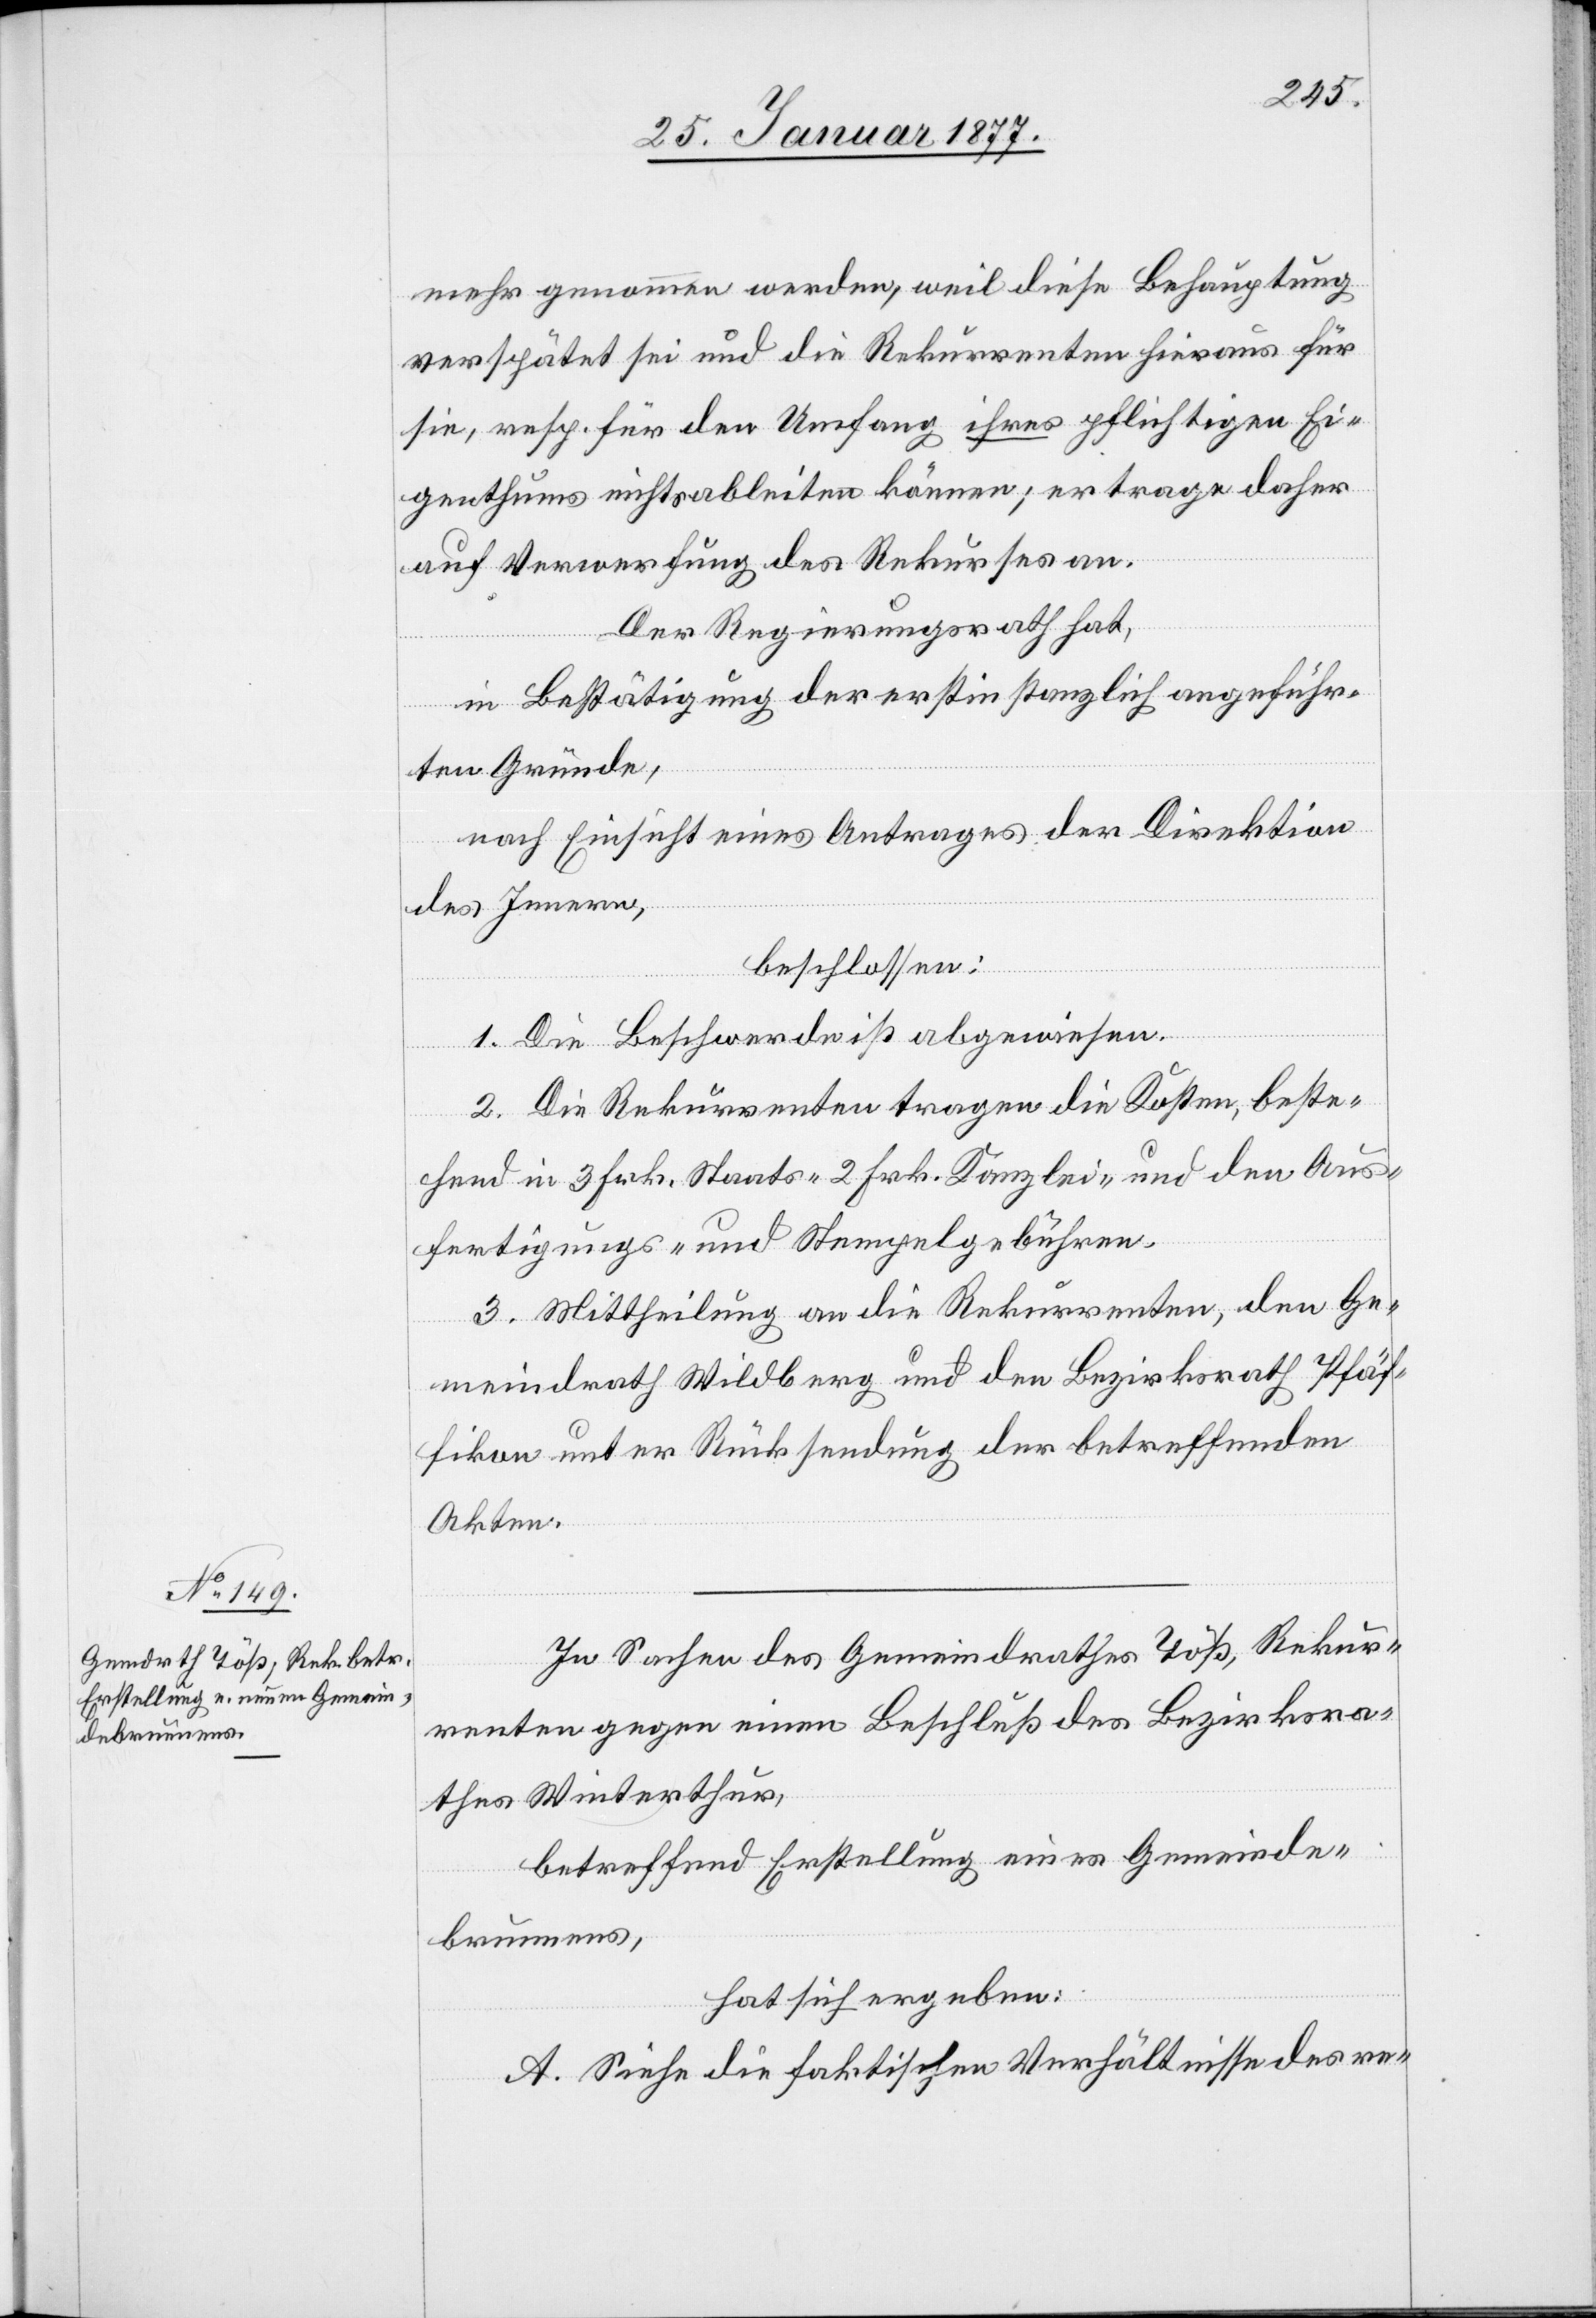
mehr genommen werden, weil diese Behauptung
verspätet sei und die Rekurrenten hieraus für
sie, resp. für den Umfang ihres pflichtigen Ei¬
genthums nichts ableiten können; er trage daher
auf Verwerfung des Rekurses an.
Der Regierungsrath hat,
in Bestätigung der erstinstanzlich angeführ¬
ten Gründe,
nach Einsicht eines Antrages der Direktion
des Innern,
beschlossen:
1. Die Beschwerde ist abgewiesen.
2. Die Rekurrenten tragen die Kosten, beste¬
hend in 3 Frk. Staats-[,] 2 Frk. Kanzlei- und den Aus¬
fertigungs- und Stempelgebühren.
3. Mittheilung an die Rekurrenten, den Ge¬
meindrath Wildberg und den Bezirksrath Pfäf¬
fikon unter Rücksendung der betreffenden
Akten.
In Sachen des Gemeindrathes Töß, Rekur¬
renten gegen einen Beschluß des Bezirksra¬
thes Winterthur,
betreffend Erstellung eines Gemeinde¬
brunnens,
hat sich ergeben:
A. Siehe die faktischen Verhältnisse des re-